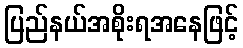
ပြည်နယ်အစိုးရအနေဖြင့်